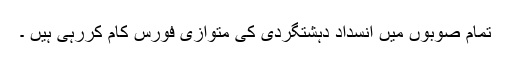
تمام صوبوں میں انسداد دہشتگردی کی متوازی فورس کام کررہی ہیں ۔